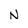
Character: N